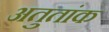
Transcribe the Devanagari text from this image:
अतुतांक